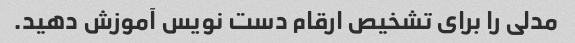
مدلی را برای تشخیص ارقام دست نویس آموزش دهید.